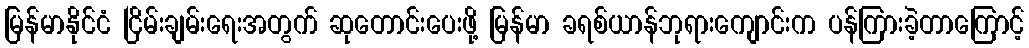
မြန်မာနိုင်ငံ ငြိမ်းချမ်းရေးအတွက် ဆုတောင်းပေးဖို့ မြန်မာ ခရစ်ယာန်ဘုရားကျောင်းက ပန်ကြားခဲ့တာကြောင့်